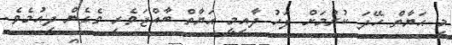
މި ޙަޔާތް ހޭދަ ކުރުމަށް ފަހު ދާއިމީ ޙަޔާތް ބާއްޖަވެރި ވެގެން ދިއުމެވެ.